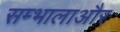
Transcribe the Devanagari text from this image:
सम्भालाऔर